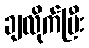
ချလိုက်ပြီး